Leaving Certificate Examination, 1924
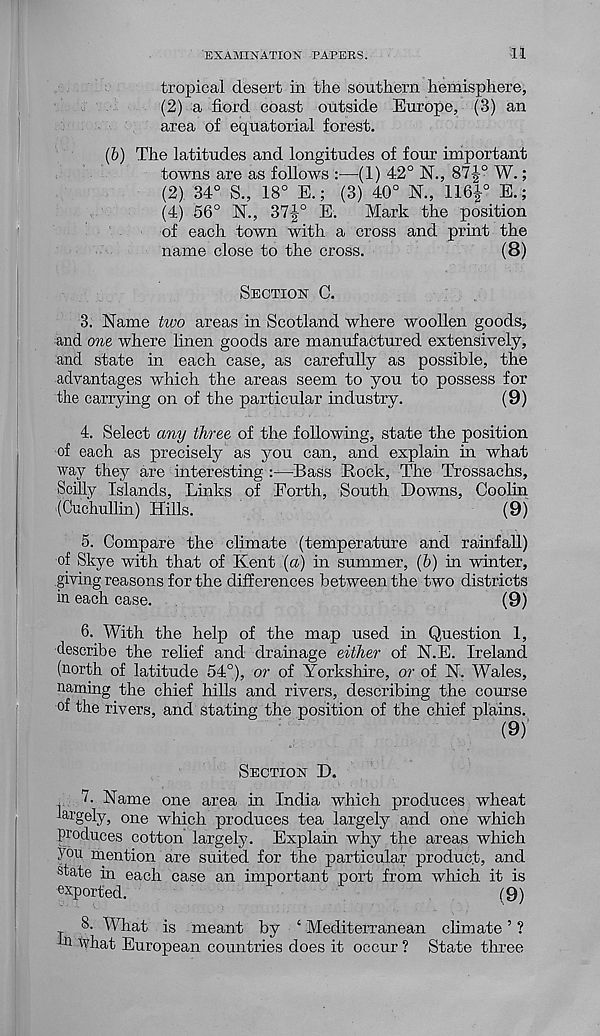
EXAMINATION PAPERS.
11
tropical desert in the southern hemisphere,
(2) a fiord coast outside Europe, (3) an
area of equatorial forest.
(b) The latitudes and longitudes of four important
towns are as follows :—(1) 42° N., 87|-° W.;
(2). 34° S., 18° E.; (3) 40° N., 1161° E.;
(4) 56° N"., 37|° E. Mark the position
of each town with a cross and print the
name close to the cross.
(8)
SECTION 0.
3. Name two areas in Scotland where woollen goods,
and one where linen goods are manufactured extensively,
and state in each case, as carefully as possible, the
advantages which the areas seem to you to possess for
the carrying on of the particular industry.
(9)
4. Select any three of the following, state the position
of each as precisely as you can, and explain in what
way they are interesting :—Bass Rock, The Trossachs,
Scilly Islands, Links of Forth, South Downs, Coolin
(Cuchullin) Hills.
(9)
5. Compare the climate (temperature and rainfall)
of Skye with that of Kent (a) in summer, (6) in winter,
giving reasons for the differences between the two districts
in each case.
(9)
6. With the help of the map used in Question 1,
describe the relief and dramage either of N.E. Ireland
(north of latitude 54°), or of Yorkshire, or of N. Wales,
naming the chief hills and rivers, describing the course
of the rivers, and stating the position of the chief plains.
SECTION D.
7. Name one area in India which produces wheat
largely, one which produces tea largely and one which
produces cotton largely. Explain why the areas which
you mention are suited for the particular product, and
state in each case an important port from which it is
exported.
(9)
8. What is meant by ‘ Mediterranean climate ’ ?
m what European countries does it occur ? State three